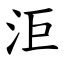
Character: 洰